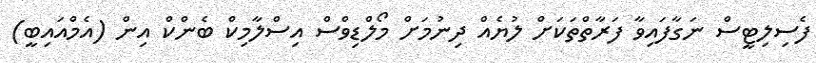
ފެސިލިޓީސް ނަގާފައިވާ ފަރާތްތަކަށް ލުޔެއް ދިނުމަށް މޯލްޑިވްސް އިސްލާމިކް ބެެންކް އިން (އެމްއައިބީ)